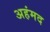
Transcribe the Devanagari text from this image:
अहंमद